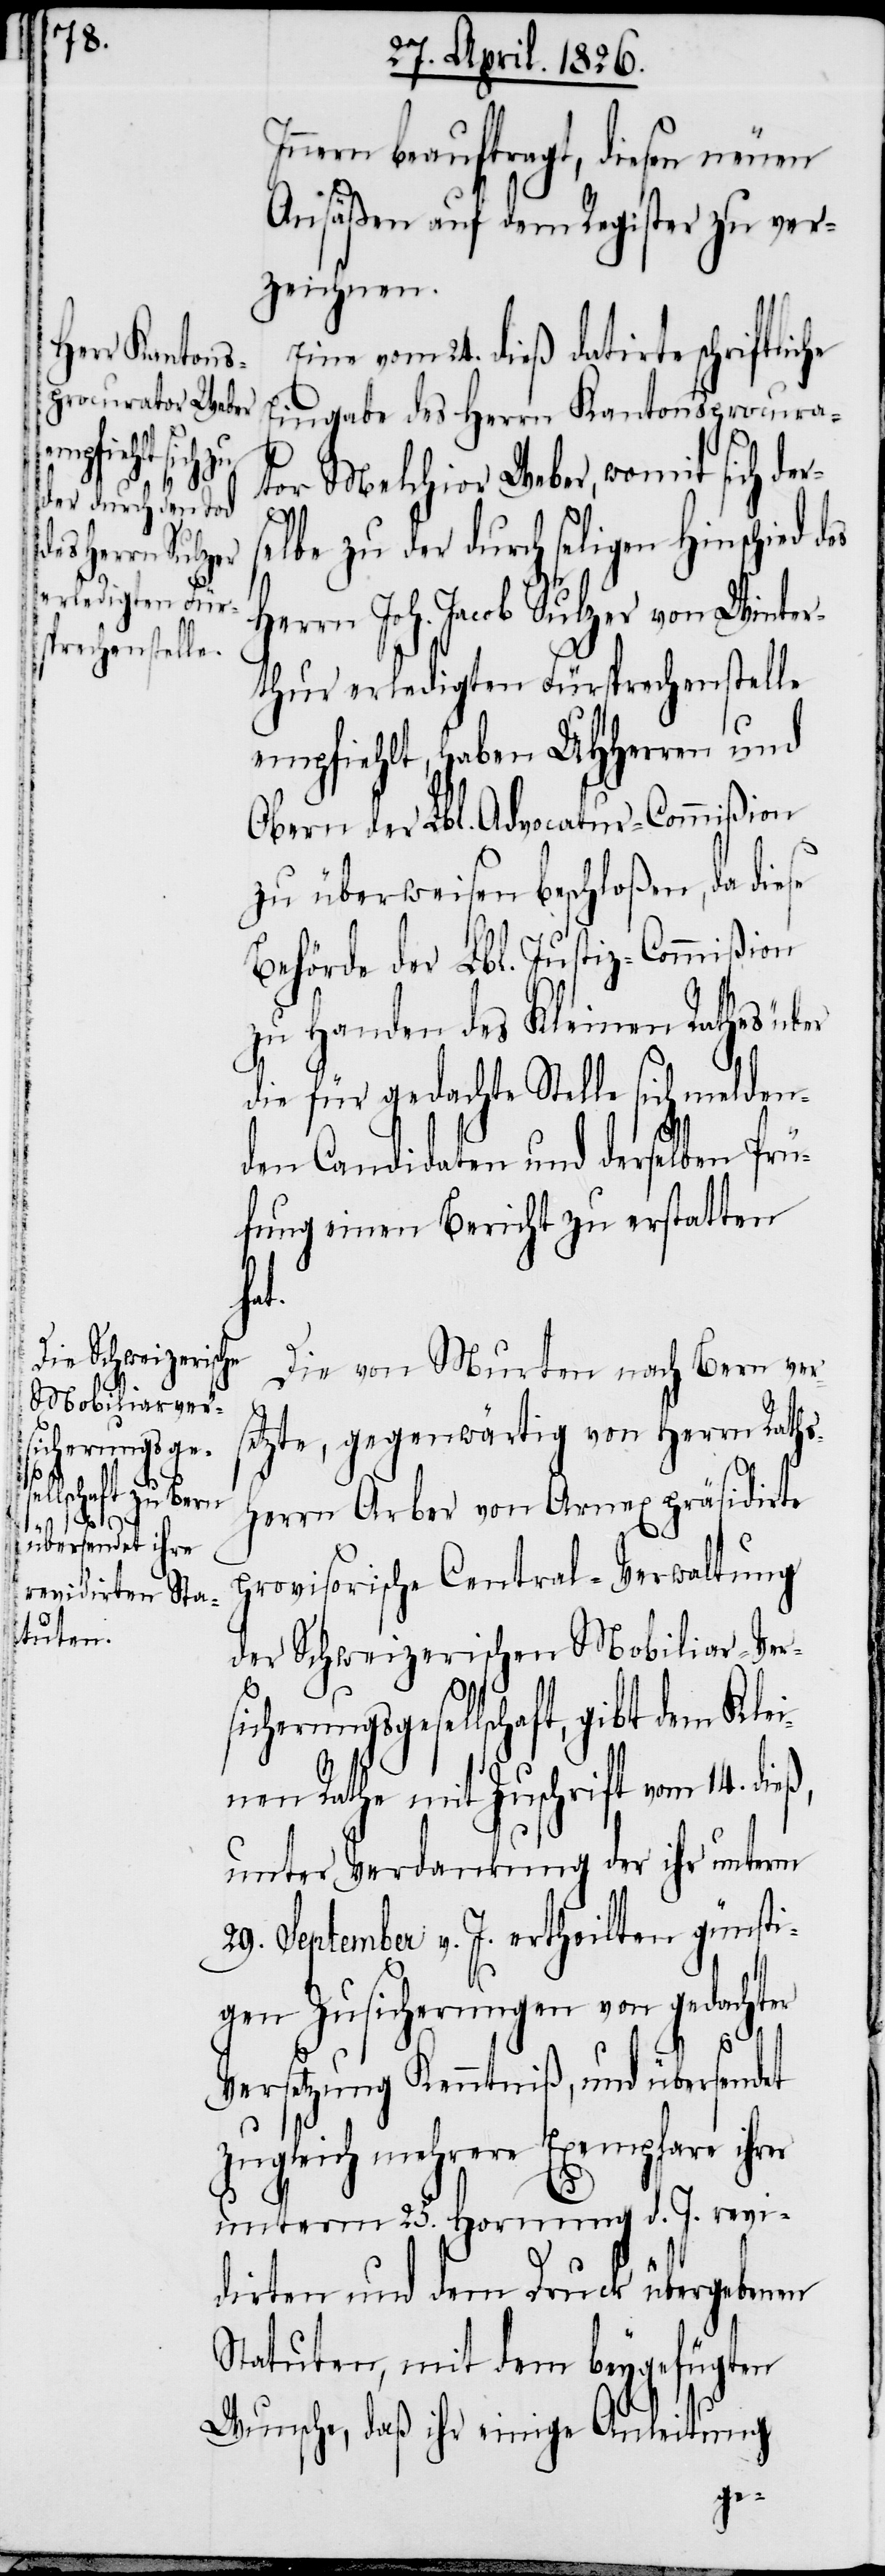
Innern beauftragt, diesen neuen
Ansäßen auf dem Register zu ver¬
zeichnen.
Eine vom 24. dieß datirte schriftlic¬
Eingabe des Herrn Kantonsprocura¬
tor Melchior Weber, womit sich de¬
elbe zu der durch seligen Hinschied
Herrn Joh. Jacob Sulzer von Winter¬
thur erledigten Fürsprechenstelle
empfiehlt, haben UHHerren und
Obern der Lbl. Adovcatur-Commißion
zu überweisen beschloßen, da diese
Behörde der Lbl. Justiz-Commißion
zu Handen des Kleinen Rathes über
die für gedachte Stelle sich melden¬
den Candidaten und derselben Prü¬
fung einen Bericht zu erstatten
ß,
Die von Murten nach Bern vers¬
etzte, gegenwärtig von Herrn Raths¬
herrn Arber von Arnex präsidierte
provisorische Central-Verwaltung
der Schweizerischen Mobiliar-Vers¬
icherungsgesellschaft, gibt dem Klei¬
nen Rathe mit Zuschrift vom 14. die¬
unter Verdankung der ihr unterm
29. September v. J. ertheilten günsti¬
gen Zusicherungen von gedachter
Versetzung Kenntniß, und übersendet
zugleich mehrere Exemplare ihrer
unterm 25. Hornung d. J. revi¬
dirten und dem Druck übergebenen
Statuten, mit dem beygefügten
Wunsche, daß ihr einige Anleitung